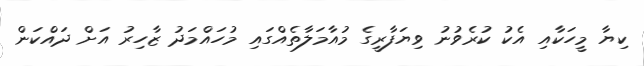
ކިޔާ މީހަކާއި އެކު ކުރެވުނު ވިޔަފާރީގެ މުއާމަލާތެއްގައި މުހައްމަދު ޒާހިރު އަށް ދައްކަން